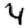
Digit: 4